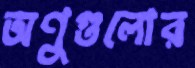
অণুগুলোর